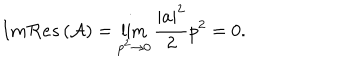
I m { \cal R } e s \left( { \cal A } \right) = \lim _ { p ^ { 2 } \rightarrow 0 } \frac { \left| a \right| ^ { 2 } } { 2 } p ^ { 2 } = 0 .